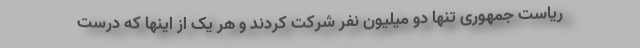
ریاست جمهوری تنها دو میلیون نفر شرکت کردند و هر یک از اینها که درست